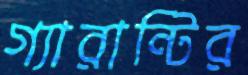
গ্যারান্টির